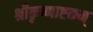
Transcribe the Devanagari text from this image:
श्रीकृष्णाष्टकम्‌